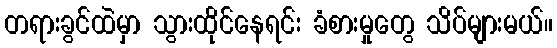
တရားခွင်ထဲမှာ သွားထိုင်နေရင်း ခံစားမှုတွေ သိပ်များမယ်။